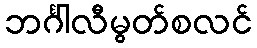
ဘင်္ဂါလီမွတ်စလင်